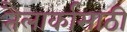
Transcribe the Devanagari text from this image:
तैलार्कासाठी